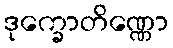
ဒုက္ခောတိဏ္ဏော